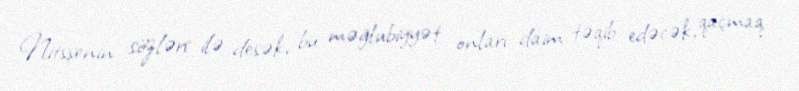
Nitsşenin sözləri ilə desək, bu məğlubiyyət onları daim təqib edəcək, qaçmaq